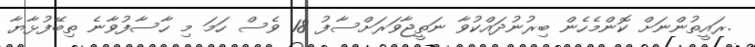
.ރައީތުންނަށް ކޮންމެހެން ބިރުނުދައްކުވާ ނަތީޖާވަރަށްސާފު 18 ވެސް ހަމަ މި ހާސާފުވާނެ ތިބޭފުޅާޔާ